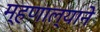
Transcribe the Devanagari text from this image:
म्हणाल्याने